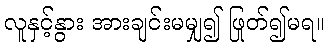
လူနှင့်နွား အားချင်းမမျှ၍ ဖြုတ်၍မရ။